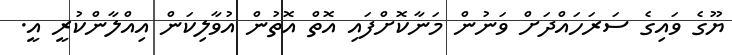
ޔޫގެ ވައިގެ ސަރަހައްދަށް ވަނުން މަނާކޮށްފައި އޮތް އޮތުން އުވާލިކަން އިއްލާންކުރީ އީ.